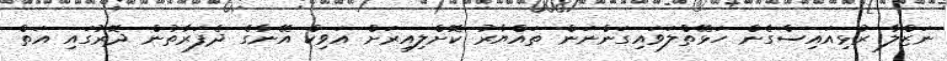
ނަޒްލާ ރުޅިއައިސްގެން ހަޅޭތްލަވައިގަންނަން ތައްޔާރު ކޮށްލިއިރަށް އަވިކް އޭނާގެ ދެފަރާތުން ދޮރުގައި އަތް